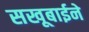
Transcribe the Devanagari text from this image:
सखूबाईने